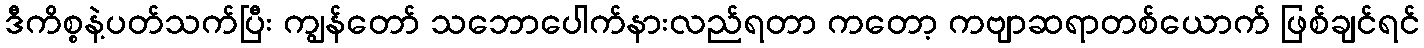
ဒီကိစ္စနဲ့ပတ်သက်ပြီး ကျွန်တော် သဘောပေါက်နားလည်ရတာ ကတော့ ကဗျာဆရာတစ်ယောက် ဖြစ်ချင်ရင်